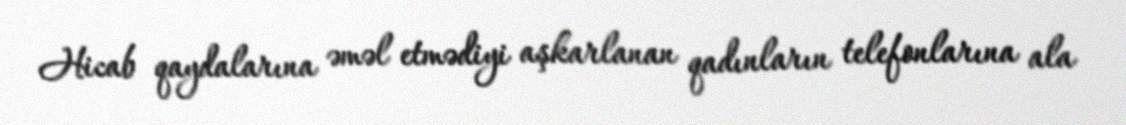
Hicab qaydalarına əməl etmədiyi aşkarlanan qadınların telefonlarına ala